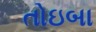
તોઇબા